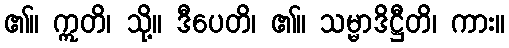
၏။ ဣတိ၊ သို့။ ဒီပေတိ၊ ၏။ သမ္မာဒိဋ္ဌီတိ၊ ကား။